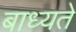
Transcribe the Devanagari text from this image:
बाध्यते